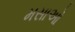
મસાઓ